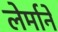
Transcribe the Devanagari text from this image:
लेर्माने